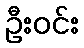
ဦးဝင်း